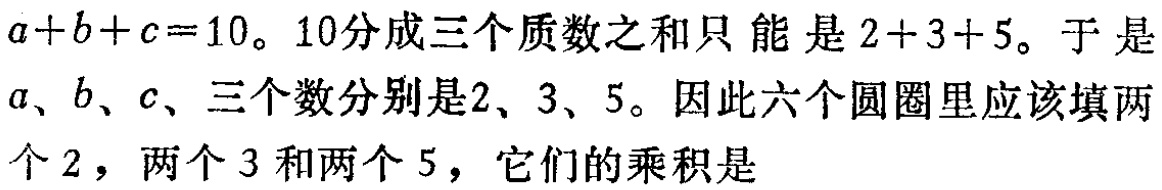
\(a + b + c = 10\)。10分成三个质数之和只能是\(2 + 3 + 5\)。于是\(a、b、c\)三个数分别是\(2、3、5\)。因此六个圆圈里应该填两个\(2\)，两个\(3\)和两个\(5\)，它们的乘积是